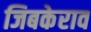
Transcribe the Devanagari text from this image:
जिबकेराव